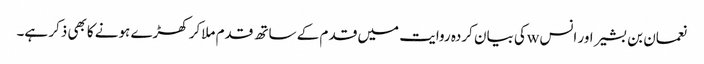
نعمان بن بشیر اور انس wکی بیان کردہ روایت میں قد م کے ساتھ قدم ملاکر کھڑے ہونے کابھی ذکر ہے۔